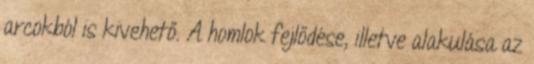
arcokból is kivehető. A homlok fejlődése, illetve alakulása az